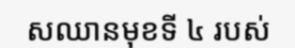
សឈានមុខទី ៤ របស់